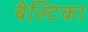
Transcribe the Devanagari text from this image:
बैल्टिका